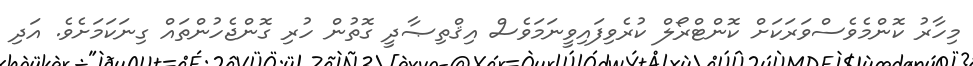
މިހާރު ކޮންމެވެސްވަރަކަށް ކޮންޓްރޯލް ކުރެވިފައިވީނަމަވެސް އިޤްތިޞާދީ ގޮތުން ހުރި ގޮންޖެހުންތައް ގިނަކަމަށެވެ. އަދި